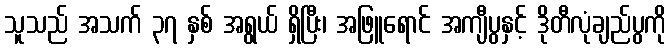
သူသည် အသက် ၃၇ နှစ် အရွယ် ရှိပြီး၊ အဖြူရောင် အကျီပွနှင့် ဒိုတီလုံချည်ပွကို